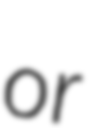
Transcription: or